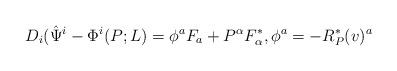
LaTeX: \begin{align*}D_i(\hat\Psi^i-\Phi^i(P;L) = \phi^a F_a + P^\alpha F^*_\alpha,\phi^a = - R_P^*(v)^a\end{align*}